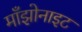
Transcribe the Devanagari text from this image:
माँझोनाइट